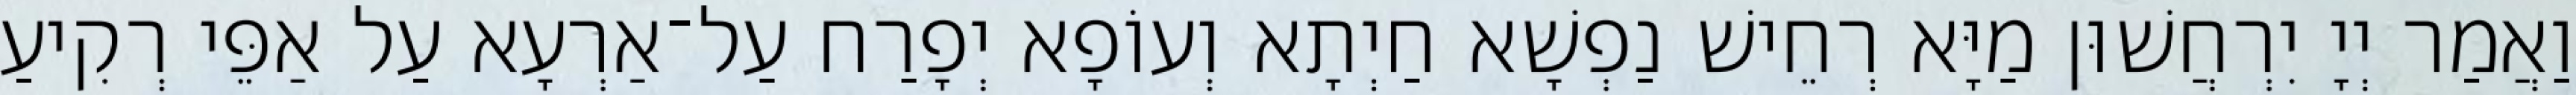
וַאֲמַר יְיָ יִרְחֲשׁוּן מַיָּא רְחֵישׁ נַפְשָׁא חַיְתָא וְעוֹפָא יְפָרַח עַל־אַרְעָא עַל אַפֵּי רְקִיעַ